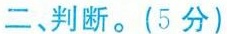
二、判断。(5分)